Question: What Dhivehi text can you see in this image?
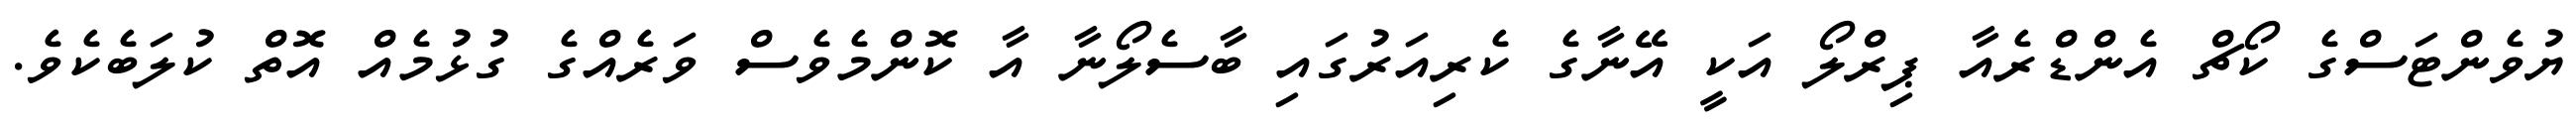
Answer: ޔުވެންޓަސްގެ ކޯޗް އެންޑްރެއާ ޕިރްލޯ އަކީ އޭނާގެ ކެރިއަރުގައި ބާސެލޯނާ އާ ކޮންމެވެސް ވަރެއްގެ ގުޅުމެއް އޮތް ކުލަބެކެވެ.